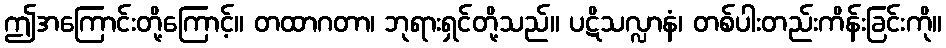
ဤအကြောင်းတို့ကြောင့်။ တထာဂတာ၊ ဘုရားရှင်တို့သည်။ ပဋိသလ္လာနံ၊ တစ်ပါးတည်းကိန်းခြင်းကို။